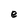
Character: e